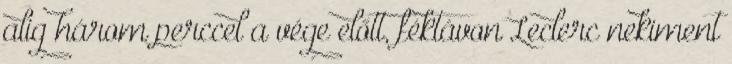
alig három perccel a vége előtt, féktávon Leclerc nekiment